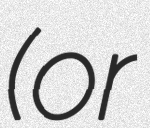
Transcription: ( or